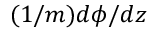
( 1 / m ) d \phi / d z